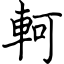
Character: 軻